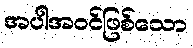
အပါအဝင်ဖြစ်သော